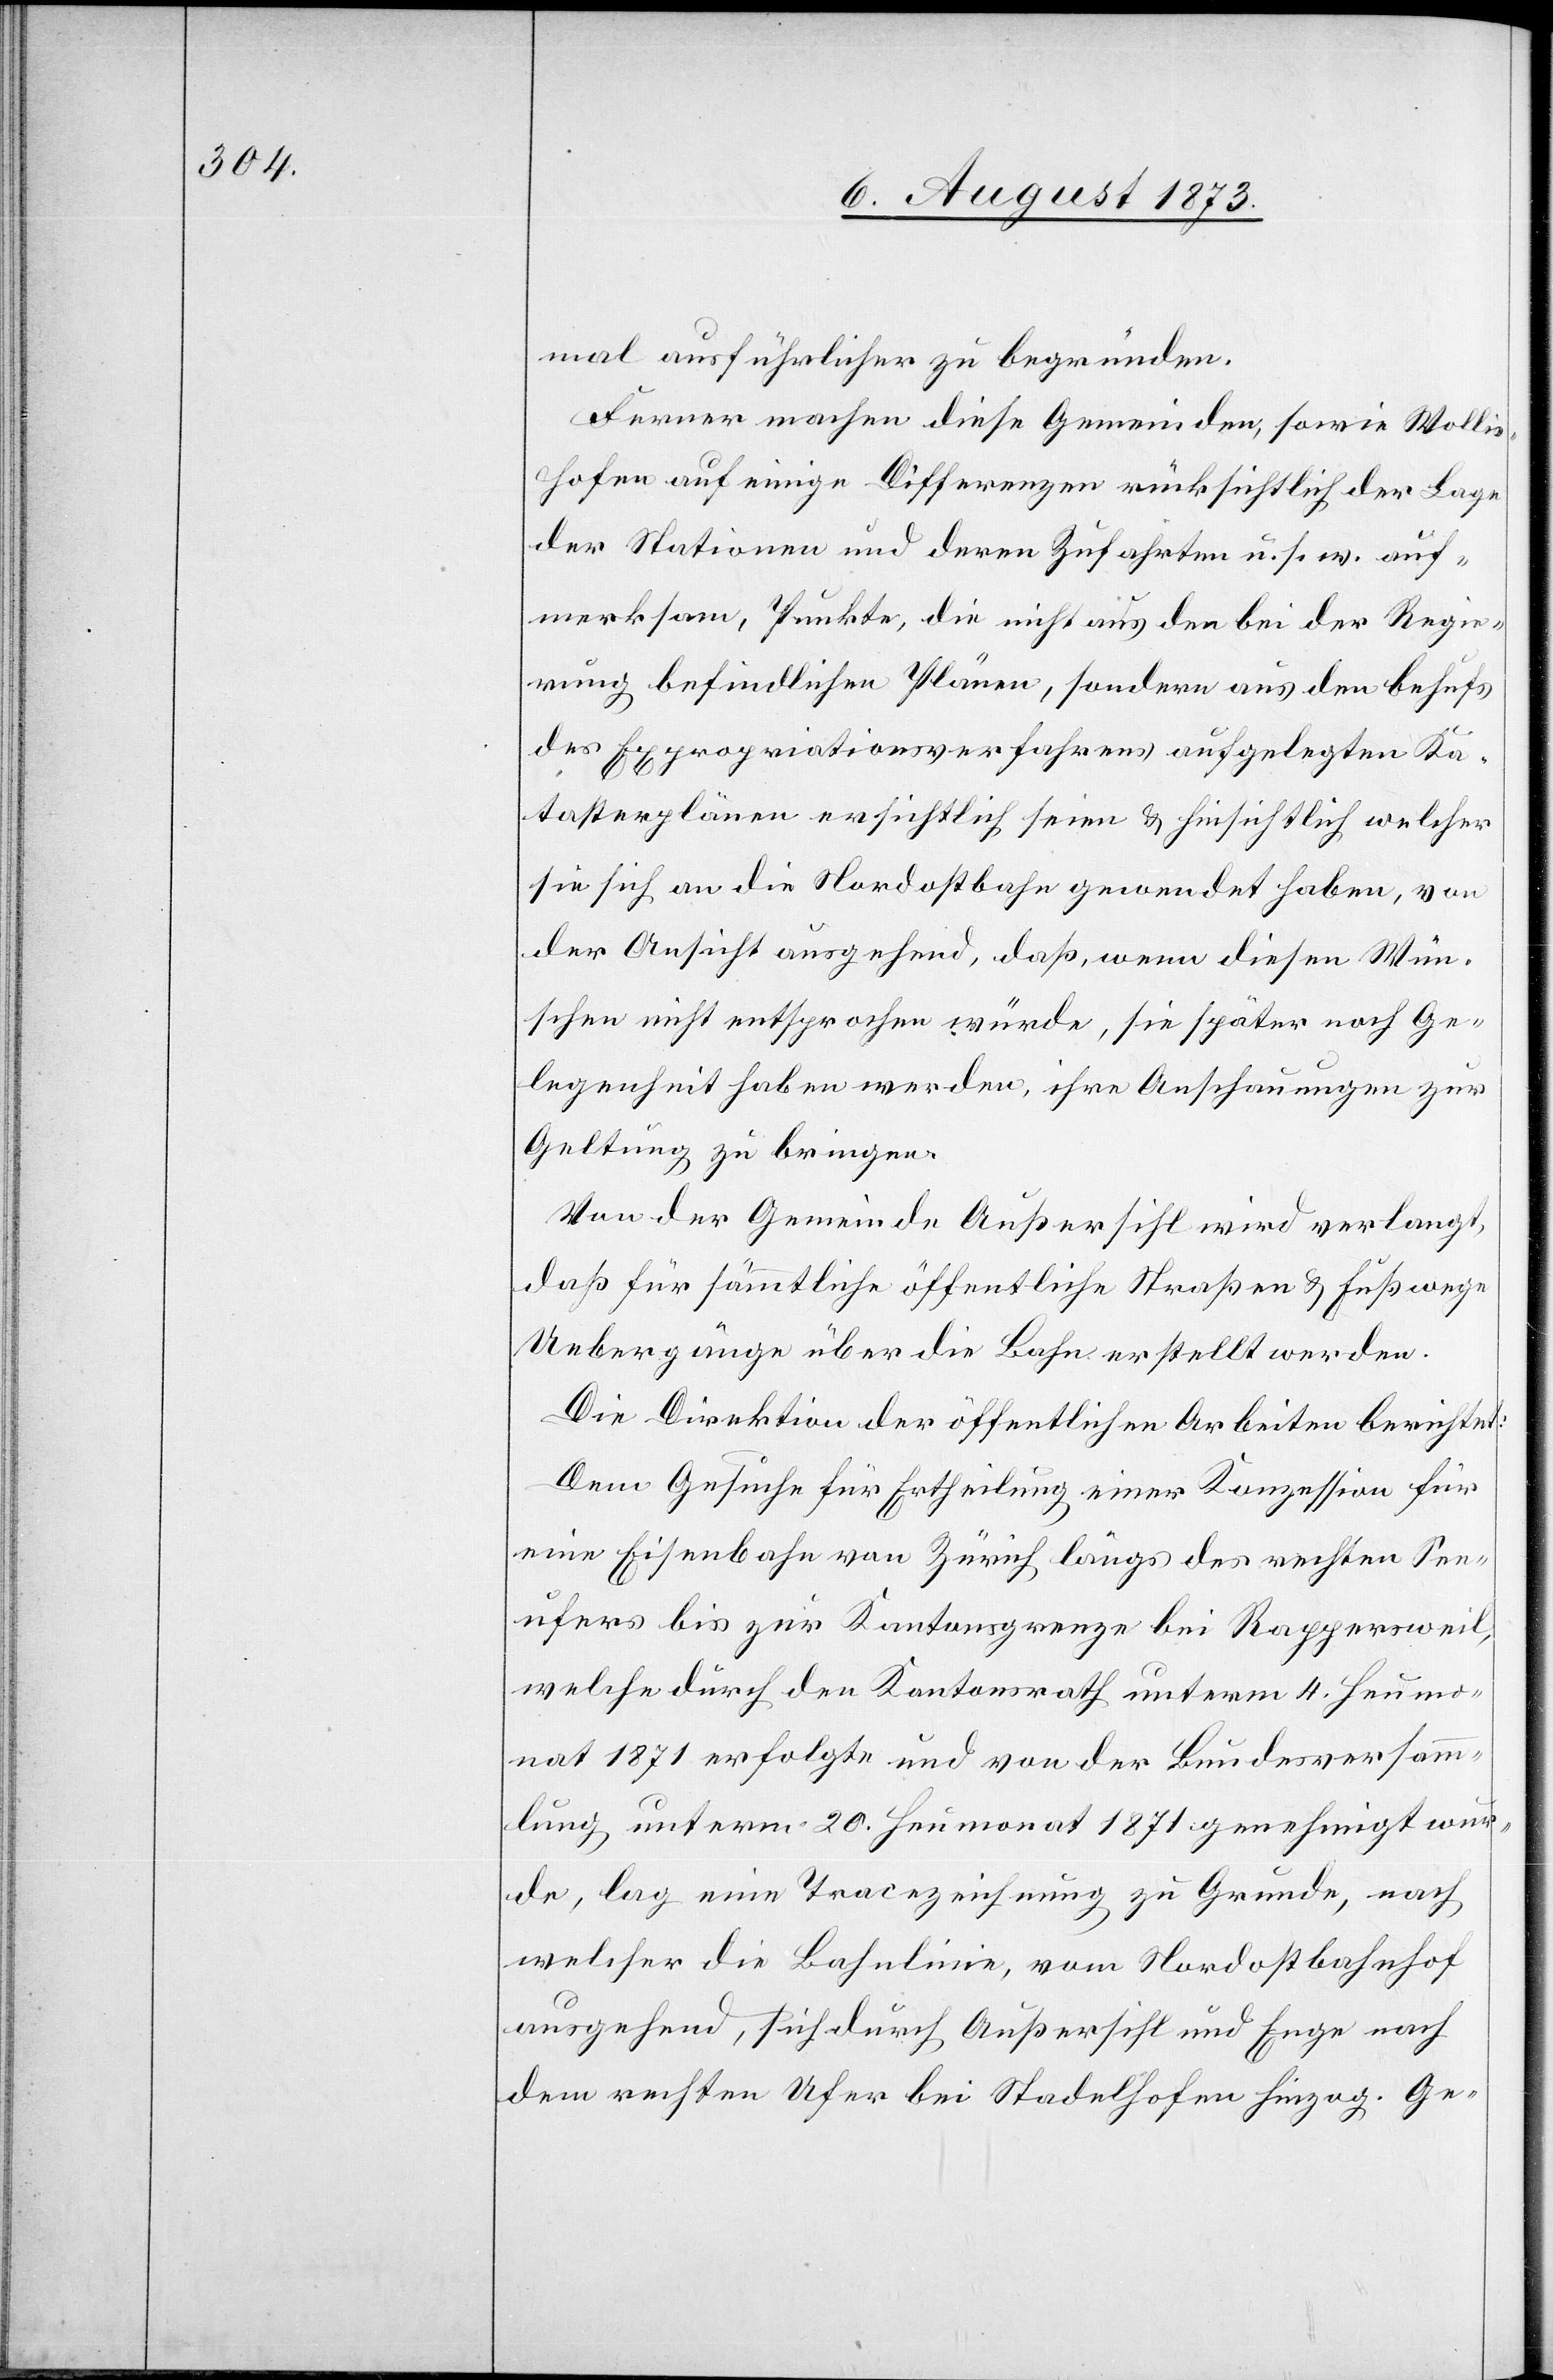
mal ausführlicher zu begründen.
Ferner machen diese Gemeinden, sowie Wollis¬
hofen auf einige Differenzen rücksichtlich der Lage
der Stationen und deren Zufahrten u. s. w. auf¬
merksam, Punkte, die nicht aus den bei der Regie¬
rung befindlichen Plänen, sondern aus den behufs
des Expropriationsverfahrens aufgelegten Ka¬
tasterplänen ersichtlich seien & hinsichtlich welcher
sie sich an die Nordostbahn gewendet haben, von
der Ansicht ausgehend, daß, wenn diesen Wün¬
schen nicht entsprochen würde, sie später noch Ge¬
legenheit haben werden, ihre Anschauungen zur
Geltung zu bringen.
Von der Gemeinde Außersihl wird verlangt,
daß für sämmtliche öffentliche Straßen & Fußwege
Uebergänge über die Bahn erstellt werden.
Die Direktion der öffentlichen Arbeiten berichtet:
Dem Gesuche für Ertheilung einer Konzession für
eine Eisenbahn von Zürich längs des rechten See¬
ufers bis zur Kantonsgrenze bei Rappersweil,
welche durch den Kantonsrath unterm 4. Heumo¬
nat 1871 erfolgte und von der Bundesversamm¬
lung unterm 20. Heumonat 1871 genehmigt wur¬
de, lag eine Tracezeichnung zu Grunde, nach
welcher die Bahnlinie, vom Nordostbahnhof
ausgehend, sich durch Außersihl und Enge nach
dem rechten Ufer bei Stadelhofen hinzog. Ge-